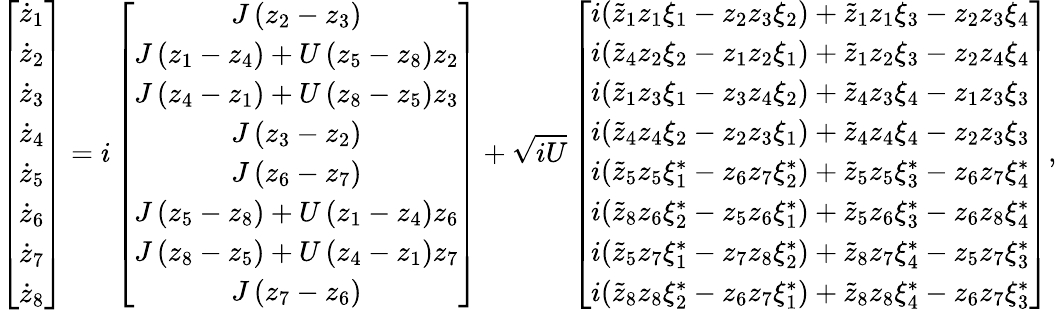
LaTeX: \left[\begin{array}{c}{\dot{z}_{1}}\\ {\dot{z}_{2}}\\ {\dot{z}_{3}}\\ {\dot{z}_{4}}\\ {\dot{z}_{5}}\\ {\dot{z}_{6}}\\ {\dot{z}_{7}}\\ {\dot{z}_{8}}\end{array}\right]=i\left[\begin{array}{c}{J\left(z_{2}-z_{3}\right)}\\ {J\left(z_{1}-z_{4}\right)+U\left(z_{5}-z_{8}\right)z_{2}}\\ {J\left(z_{4}-z_{1}\right)+U\left(z_{8}-z_{5}\right)z_{3}}\\ {J\left(z_{3}-z_{2}\right)}\\ {J\left(z_{6}-z_{7}\right)}\\ {J\left(z_{5}-z_{8}\right)+U\left(z_{1}-z_{4}\right)z_{6}}\\ {J\left(z_{8}-z_{5}\right)+U\left(z_{4}-z_{1}\right)z_{7}}\\ {J\left(z_{7}-z_{6}\right)}\end{array}\right]+\sqrt{iU}\left[\begin{array}{c}{i(\tilde{z}_{1}z_{1}\xi_{1}-z_{2}z_{3}\xi_{2})+\tilde{z}_{1}z_{1}\xi_{3}-z_{2}z_{3}\xi_{4}}\\ {i(\tilde{z}_{4}z_{2}\xi_{2}-z_{1}z_{2}\xi_{1})+\tilde{z}_{1}z_{2}\xi_{3}-z_{2}z_{4}\xi_{4}}\\ {i(\tilde{z}_{1}z_{3}\xi_{1}-z_{3}z_{4}\xi_{2})+\tilde{z}_{4}z_{3}\xi_{4}-z_{1}z_{3}\xi_{3}}\\ {i(\tilde{z}_{4}z_{4}\xi_{2}-z_{2}z_{3}\xi_{1})+\tilde{z}_{4}z_{4}\xi_{4}-z_{2}z_{3}\xi_{3}}\\ {i(\tilde{z}_{5}z_{5}\xi_{1}^{*}-z_{6}z_{7}\xi_{2}^{*})+\tilde{z}_{5}z_{5}\xi_{3}^{*}-z_{6}z_{7}\xi_{4}^{*}}\\ {i(\tilde{z}_{8}z_{6}\xi_{2}^{*}-z_{5}z_{6}\xi_{1}^{*})+\tilde{z}_{5}z_{6}\xi_{3}^{*}-z_{6}z_{8}\xi_{4}^{*}}\\ {i(\tilde{z}_{5}z_{7}\xi_{1}^{*}-z_{7}z_{8}\xi_{2}^{*})+\tilde{z}_{8}z_{7}\xi_{4}^{*}-z_{5}z_{7}\xi_{3}^{*}}\\ {i(\tilde{z}_{8}z_{8}\xi_{2}^{*}-z_{6}z_{7}\xi_{1}^{*})+\tilde{z}_{8}z_{8}\xi_{4}^{*}-z_{6}z_{7}\xi_{3}^{*}}\end{array}\right],